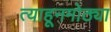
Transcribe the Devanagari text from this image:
त्याहूनमोठ्या